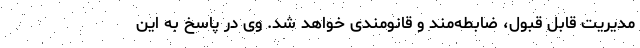
مدیریت قابل قبول، ضابطه‌مند و قانومندی خواهد شد. وی در پاسخ به این